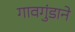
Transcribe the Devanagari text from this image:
गावगुंडाने